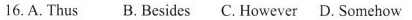
16. A. Thus B. Besides C. However D. Somehow